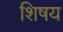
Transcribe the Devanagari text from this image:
शिषय